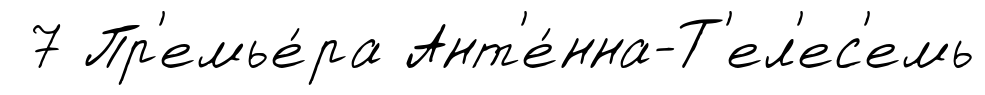
7 Пр'емье́ра Ант'е́нна-Т'ел'ес'емь